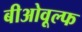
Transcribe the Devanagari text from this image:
बीओवूल्फ